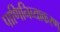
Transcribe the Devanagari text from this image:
पाणिनिव्याकरण